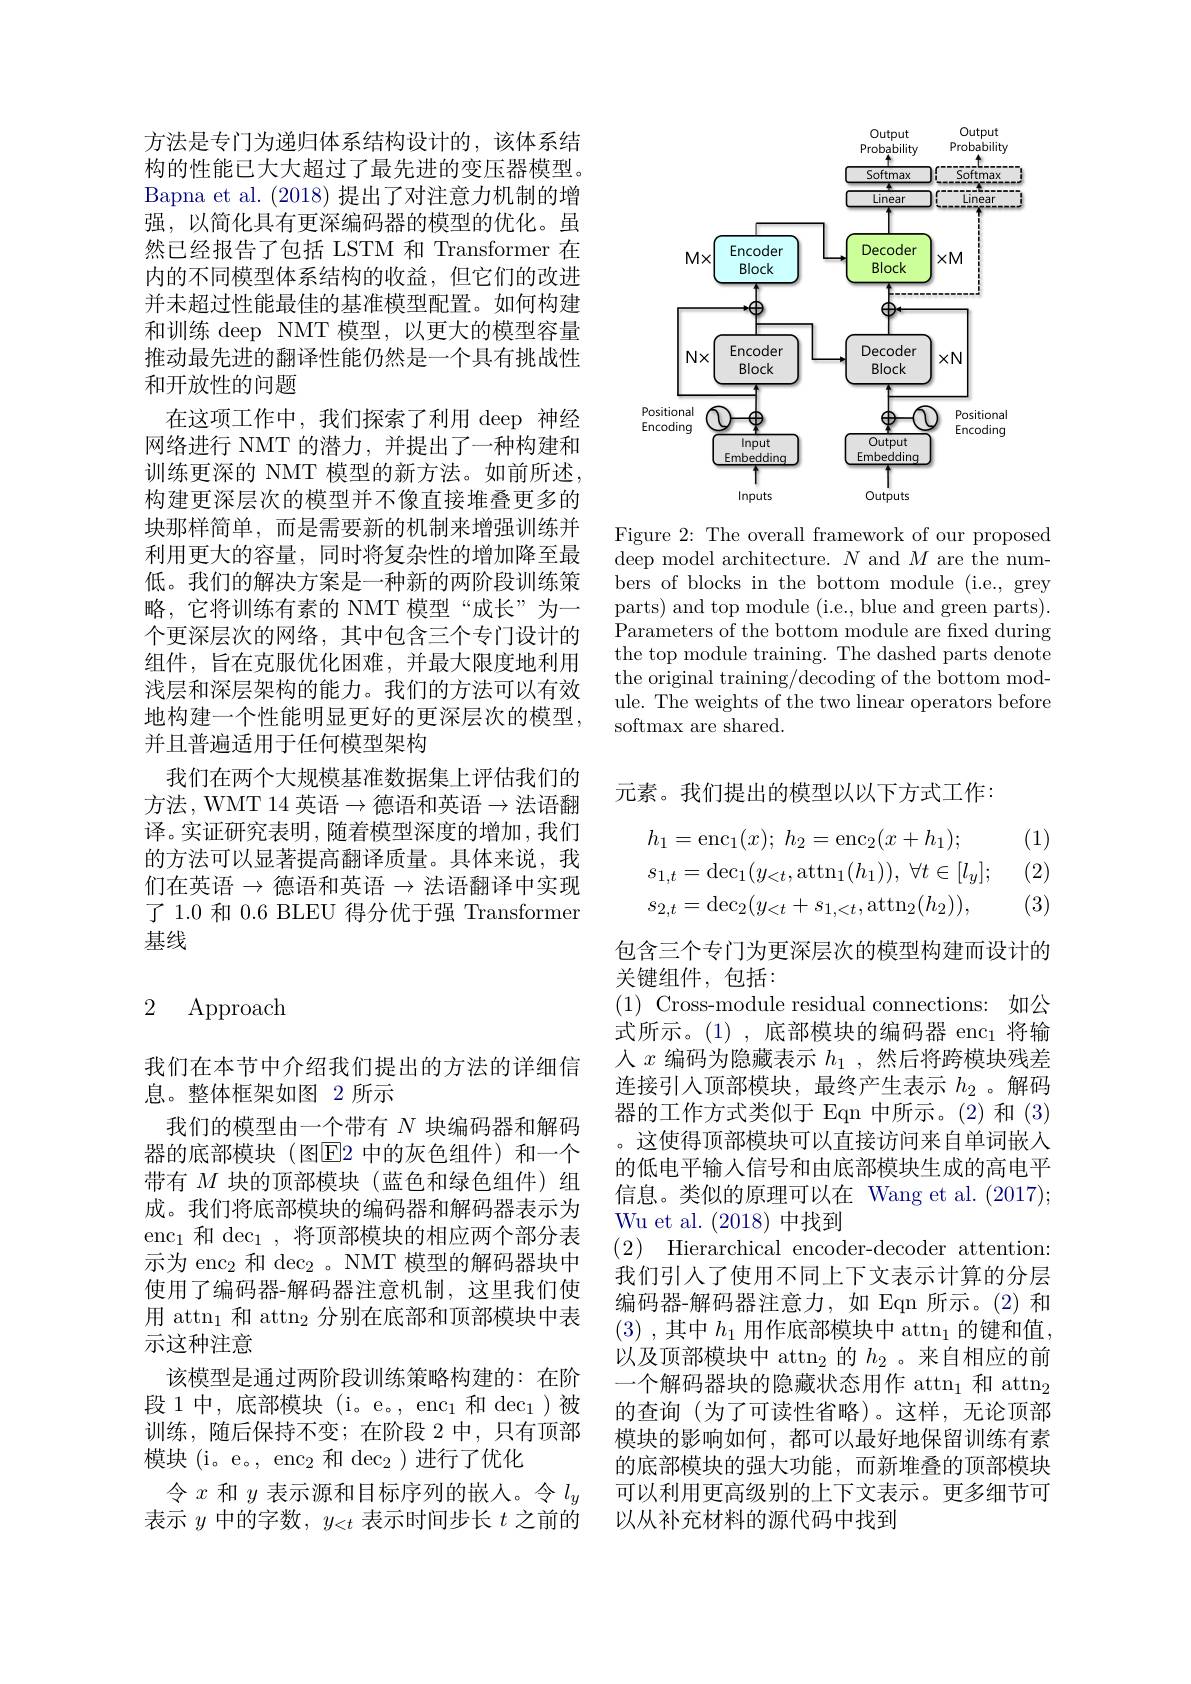
方法是专门为递归体系结构设计的，该体系结构的性能已大大超过了最先进的变压器模型。Bapna et al. (2018) 提出了对注意力机制的增强，以简化具有更深编码器的模型的优化。虽然已经报告了包括 LSTM 和 Transformer 在内的不同模型体系结构的收益，但它们的改进并未超过性能最佳的基准模型配置。如何构建和训练 deep NMT 模型，以更大的模型容量推动最先进的翻译性能仍然是一个具有挑战性和开放性的问题
在这项工作中，我们探索了利用 deep 神经网络进行 NMT 的潜力，并提出了一种构建和训练更深的 NMT 模型的新方法。如前所述， 构建更深层次的模型并不像直接堆叠更多的块那样简单，而是需要新的机制来增强训练并利用更大的容量，同时将复杂性的增加降至最低。我们的解决方案是一种新的两阶段训练策略，它将训练有素的 NMT 模型“成长”为一个更深层次的网络，其中包含三个专门设计的组件，旨在克服优化困难，并最大限度地利用浅层和深层架构的能力。我们的方法可以有效地构建一个性能明显更好的更深层次的模型， 并且普遍适用于任何模型架构
我们在两个大规模基准数据集上评估我们的方法，WMT 14 英语$\to$德语和英语$\to$法语翻译。实证研究表明，随着模型深度的增加，我们的方法可以显著提高翻译质量。具体来说，我们在英语$\to$德语和英语$\to$法语翻译中实现了 1.0 和 0.6 BLEU 得分优于强 Transformer 基线

## 2 Approach

我们在本节中介绍我们提出的方法的详细信
息。整体框架如图 2 所示
我们的模型由一个带有$N$块编码器和解码器的底部模块(图$\overline{\mathrm{E}}$2 中的灰色组件)和一个带有$M$块的顶部模块(蓝色和绿色组件)组成。我们将底部模块的编码器和解码器表示为$\mathrm{enc}_1$和 dec$_1$,将顶部模块的相应两个部分表示为 enc$_2$和$\operatorname{dec}_2$。NMT 模型的解码器块中使用了编码器-解码器注意机制，这里我们使用 attn$_1$和 attn$_2$分别在底部和顶部模块中表示这种注意
该模型是通过两阶段训练策略构建的：在阶段 1 中，底部模块 (i。e。, enc$_1$和 dec$_1$)被训练，随后保持不变；在阶段 2 中，只有顶部模块(i。e。, enc$_2$和 dec$_2$)进行了优化
令$x$和$y$表示源和目标序列的嵌人。令$l_y$ 表示$y$中的字数，$y_<t$表示时间步长$t$之前的

<FigureHere>

Figure 2: The overall framework of our proposed deep model architecture. $N$ and $M$ are the numbers of blocks in the bottom module (i.e., grey parts) and top module (i.e., blue and green parts). ${\bar{\text{Parameters of the bottom module are frxed during}}}$ the top module training. The dashed parts denote the original training/decoding of the bottom module. The weights of the two linear operators before softmax are shared.

元素。我们提出的模型以以下方式工作：

(1) (2)
$$\begin{aligned}&h_{1}=\mathrm{enc}_{1}(x);\:h_{2}=\mathrm{enc}_{2}(x+h_{1});\\&s_{1,t}=\mathrm{dec}_{1}(y_{<t},\mathrm{attn}_{1}(h_{1})),\:\forall t\in[l_{y}];\\&s_{2,t}=\mathrm{dec}_{2}(y_{<t}+s_{1,<t},\mathrm{attn}_{2}(h_{2})),\end{aligned}$$
(3)

包含三个专门为更深层次的模型构建而设计的
关键组件，包括：
$(1){\mathrm{~Cross-module~residual~connections:~如公}}$ 式所示。(1),底部模块的编码器 enc$_1$将输人$x$编码为隐藏表示$h_1$,然后将跨模块残差连接引入顶部模块，最终产生表示$h_{2}$ 。解码器的工作方式类似于 Eqn 中所示。(2)和(3) 。这使得顶部模块可以直接访问来自单词嵌入的低电平输入信号和由底部模块生成的高电平信息。类似的原理可以在 Wang et al.(2017); Wu et al. (2018)中找到
(2) Hierarchical encoder-decoder attention: 我们引入了使用不同上下文表示计算的分层编码器-解码器注意力，如 Eqn 所示。(2) 和(3) ,其中$h_1$用作底部模块中 attn$_1$的键和值， 以及顶部模块中 attn$_2$的$h_2$ 。来自相应的前一个解码器块的隐藏状态用作 attn$_1$和 attn$_2$ 的查询 (为了可读性省略)。这样，无论顶部模块的影响如何，都可以最好地保留训练有素的底部模块的强大功能，而新堆叠的顶部模块可以利用更高级别的上下文表示。更多细节可以从补充材料的源代码中找到